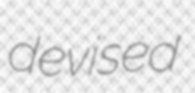
devised